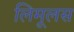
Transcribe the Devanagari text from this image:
लिमूलस